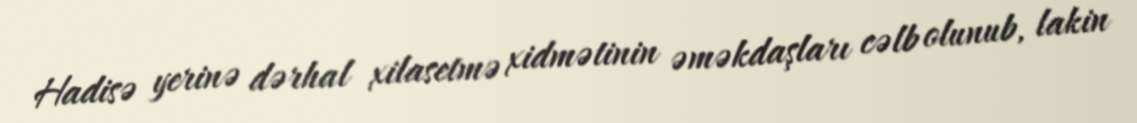
Hadisə yerinə dərhal xilasetmə xidmətinin əməkdaşları cəlb olunub, lakin